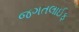
જગતલાઈફ